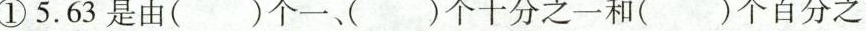
①5.63是由( )个一( )个十分之一和( )个百分之